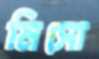
মিসো